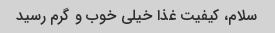
سلام، کیفیت غذا خیلی خوب و گرم رسید